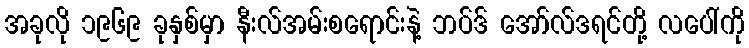
အခုလို ၁၉၆၉ ခုနှစ်မှာ နီးလ်အမ်းစရောင်းနဲ့ ဘပ်ဒ် အော်လ်ဒရင်တို့ လပေါ်ကို